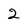
Character: 2